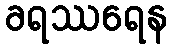
ခရဿရေန